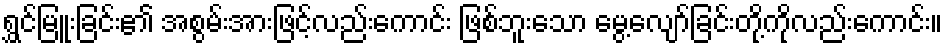
ရွှင်မြူးခြင်း၏ အစွမ်းအားဖြင့်လည်းကောင်း ဖြစ်ဘူးသော မွေ့လျော်ခြင်းတို့ကိုလည်းကောင်း။